Indian journal of veterinary science and animal husbandry - Volume 11,
Year: 1941
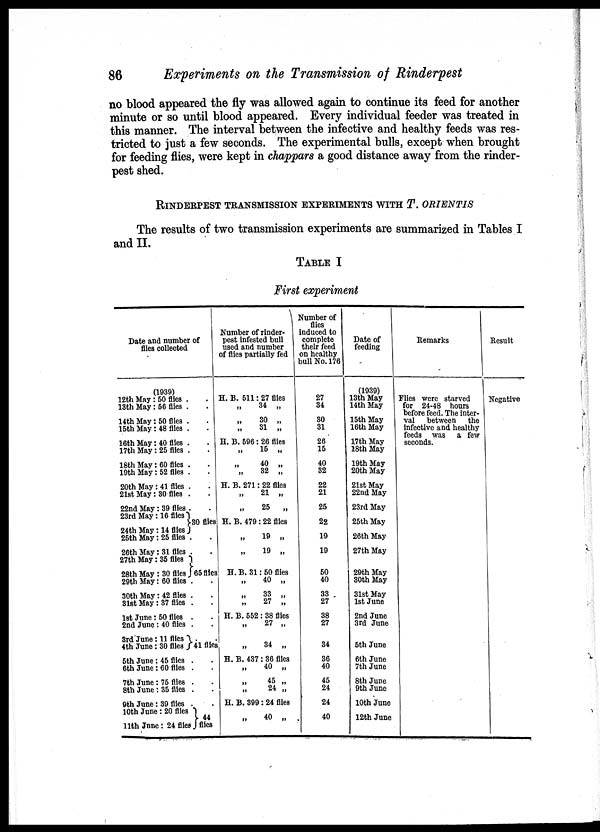
86
Experiments on the Transmission of Rinderpest
no blood appeared the fly was allowed again to continue its feed for another
minute or so until blood appeared. Every individual feeder was treated in
this manner. The interval between the infective and healthy feeds was res-
tricted to just a few seconds. The experimental bulls, except when brought
for feeding flies, were kept in chappars a good distance away from the rinder-
pest shed.
RINDERPEST TRANSMISSION EXPERIMENTS WITH T. ORIENTIS
The results of two transmission experiments are summarized in Tables I
and II.
TABLE I
First experiment
Date and number of
flies collected
(1939)
12th May : 50 flies .
.
13th May: 56 flies . .
14th May: 50 flies . .
15th May: 48 flies . .
16th May: 40 flies . .
17th May: 25 flies . .
18th May: 60 flies . .
19th May: 52 flies . .
20th May: 41 flies . .
21st May: 30 flies . .
22nd May : 39 flies .
23rd May: 16 flies
}30 flies
24th May: 14 flies
25th May: 25 flies . .
26th May: 31 flies . .
27th May: 35 flies
28th May: 30 flies }65 flies
29th May: 60 flies . .
30th May: 42 flies . .
31st May: 37 flies . .
1st June: 50 flies . .
2nd June: 40 flies . .
3rd June: 11 flies .
4th June : 30 flie } 41 flies
5th June: 45 flies . .
6th June : 60 flies . .
7th June : 75 flies . .
8th June: 35 flies . .
9th June: 39 flies . .
10th June: 20 flies
} 44
11th June: 24 flies flies
Number of rinder-
pest infested bull
used and number
of flies partially fed
H. B. 511: 27 flies
„ 34 „
„ 30 „
„ 31 „
H. B. 596: 26 flies
„
15 „
„ 40 „
„ 32 „
H. B, 271: 22 flies
„ 21 „
„
25
„
H. B. 479 : 22 flies
„
19
„
„
19 „
H.B. 31: 50 flies
„
40 „
„
33
„
„ 27 „
H. B. 552: 38 flies
„
27 „
„
34 „
H. B. 437 : 36 flies
„ 40 „
„ 45 „
„ 24 „
H. B. 399: 24 flies
„ 40 „
Number of
flies
induced to
complete
their feed
on healthy
bull No. 176
27
34
30
31
26
15
40
32
22
21
25
22
19
19
50
40
33
27
38
27
34
36
40
45
24
24
40
Date of
feeding
(1939)
13th May
14th May
15th May
16th May
17th May
18th May
19th May
20th May
21st May
22nd May
23rd May
25th May
26th May
27th May
29th May
30th May
31st May
1st June
2nd June
3rd June
5th June
6th June
7th June
8th June
9th June
10th June
12th June
Remarks
Flies were starved
for 24-48 hours
before feed. The inter-
val
between
the
infective and healthy
feeds was
a few
seconds.
Result
Negative